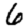
Digit: 6